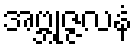
အဗ္ဘုဇ္ဇလနံ